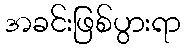
အခင်းဖြစ်ပွားရာ